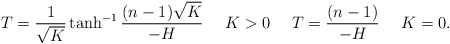
\begin{align*}T=\frac{1}{\sqrt K}\tanh^{-1}\frac{(n-1)\sqrt K}{-H} \ \ \ \ K>0 \ \ \ \ T=\frac{(n-1)}{-H} \ \ \ \ K=0.\end{align*}